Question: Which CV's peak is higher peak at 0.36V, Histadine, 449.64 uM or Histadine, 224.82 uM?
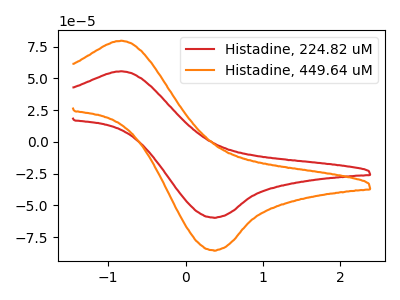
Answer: <think>The red curve "Histadine, 224.82 uM" has an anodic peak at (-0.85V, 55.55uA) and a cathodic peak at (0.35V, -59.50uA). The orange curve "Histadine, 449.64 uM" has an anodic peak at (-0.85V, 79.60uA) and a cathodic peak at (0.35V, -85.25uA).</think>
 <answer>The peak at 0.36V is higher in "Histadine, 449.64 uM" than in "Histadine, 224.82 uM".</answer>
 <eval>higher</eval>